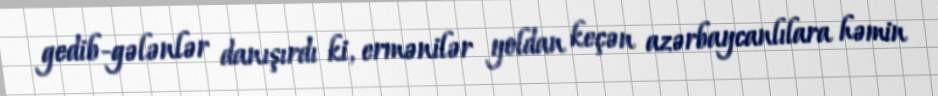
gedib-gələnlər danışırdı ki, ermənilər yoldan keçən azərbaycanlılara həmin